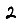
Digit: 2